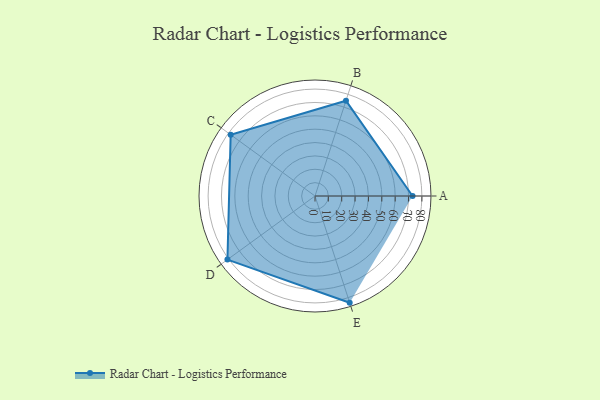
{"axis": {"x": "Skill", "y": "Score"}, "legend": ["Profile"], "data": [{"x": "A", "y": 73.0, "type": "Profile"}, {"x": "B", "y": 75.0, "type": "Profile"}, {"x": "C", "y": 78.0, "type": "Profile"}, {"x": "D", "y": 81.0, "type": "Profile"}, {"x": "E", "y": 84.0, "type": "Profile"}]}